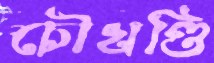
চৌখণ্ডি